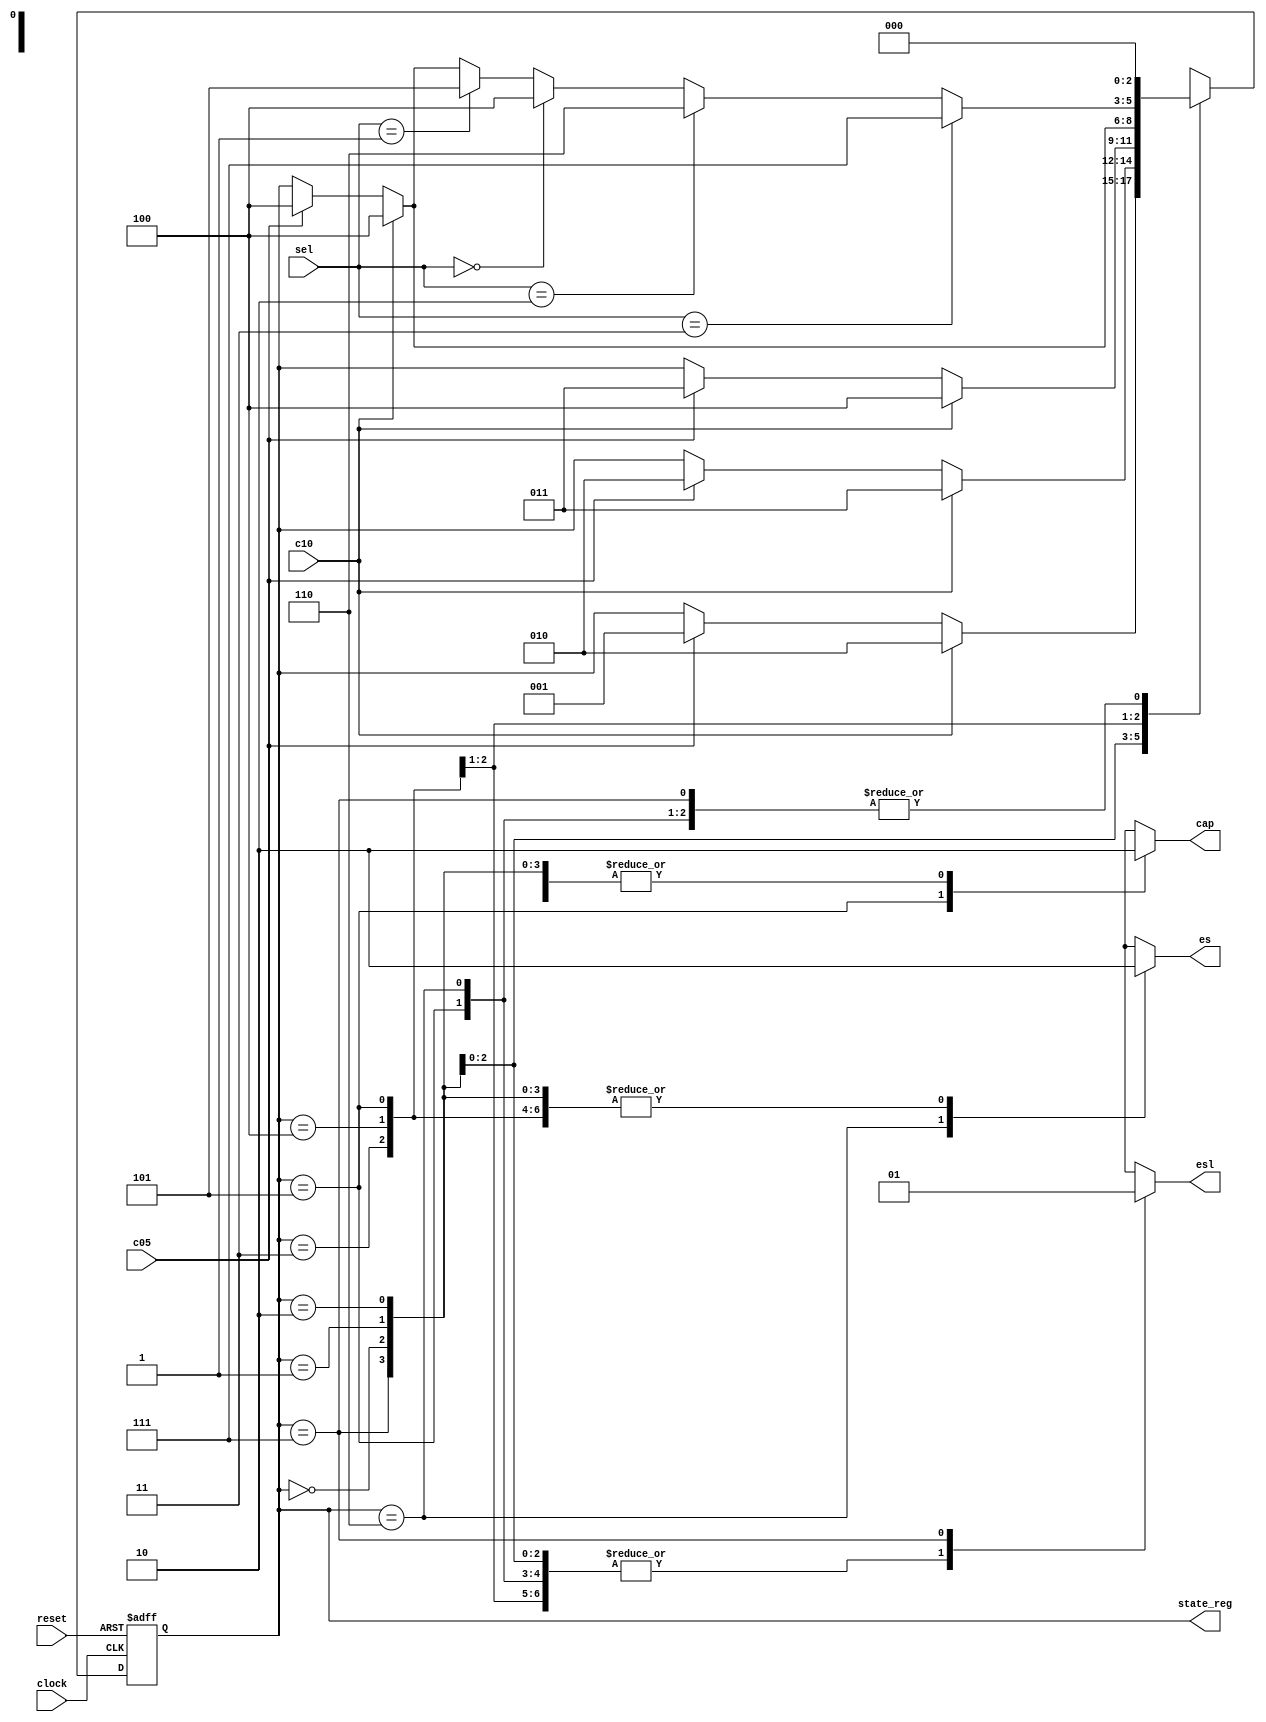
`timescale 1ns / 1ps
//////////////////////////////////////////////////////////////////////////////////
// Company: 
// Engineer: 
// 
// Design Name: 
// Module Name:    coffee 
// Project Name: 
// Target Devices: 
// Tool versions: 
// Description: 
//
// Dependencies: 
//
// Revision: 
// Revision 0.01 - File Created
// Additional Comments: 
//
//////////////////////////////////////////////////////////////////////////////////
module coffee(
    input c05,
    input c10,
    input [1:0]sel,
	 input clock,
    input reset,
    output reg es,
    output reg esl,
    output reg cap,
	 output reg [2:0]state_reg
    );

reg [2:0]state_next;

always @(posedge clock or negedge reset)
	begin
		if(reset == 0) state_reg <= 0;
		else state_reg <= state_next;
	end
		
always @(state_reg, sel, c05, c10)
	begin
		state_next = 3'b000;
		es = 0; esl = 0; 
		cap = 0;
		case (state_reg)
			3'b000: begin 
					state_next = state_reg;
					esl = 0; es = 0; cap = 0;
					if (c05 == 1) state_next = 3'b001;
					if (c10 == 1) state_next = 3'b010;
				end
			3'b001: begin 
					state_next = state_reg;
					esl = 0; es = 0; cap = 0;
					if (c05 == 1) state_next = 3'b010;
					if (c10 == 1) state_next = 3'b011;
				end
			3'b010: begin 
					state_next = state_reg;
					esl = 0; es = 0; cap = 0;
					if (c05 == 1) state_next = 3'b011;
					if (c10 == 1) state_next = 3'b100;
				end
			3'b011: begin 
					state_next = state_reg;
					esl = 0; es = 0; cap = 0;
					if (c05 == 1) state_next = 3'b100;
					if (c10 == 1) state_next = 3'b100;
				end
			3'b100:
				begin 
					state_next = state_reg;
					esl = 0; es = 0; cap = 0; 
					if (c05 == 1) state_next = 3'b100;
					if (c10 == 1) state_next = 3'b100;
					if (sel == 2'b01) state_next = 3'b101;
					if (sel == 2'b00) state_next = 3'b100;
					if (sel == 2'b10) state_next = 3'b110;
					if (sel == 2'b11) state_next = 3'b111;
				end
				//begin
					//state_next = state_reg;
					//if (c05 == 1) state_next = 3'b100;
					//if (c10 == 1) state_next = 3'b100;
					//if (sel == 2'b00) state_next = 3'b100;
					//if (sel == 2'b01) begin state_next = 3'b000; esl = 0; es = 0; cap = 1; end
					//if (sel == 2'b10) begin state_next = 3'b000; esl = 0; es = 1; cap = 0; end
					//if (sel == 2'b11) begin state_next = 3'b000; esl = 1; es = 0; cap = 0; end
				//end
			3'b101: begin 
					state_next = 3'b000;
					esl = 0; es = 0; cap = 1;
				end
			3'b110: begin 
					state_next = 3'b000;
					esl = 0; es = 1; cap = 0;
				end
			3'b111: begin 
					state_next = 3'b000;
					esl = 1; es = 0; cap = 0;
				end
		endcase
	end

endmodule